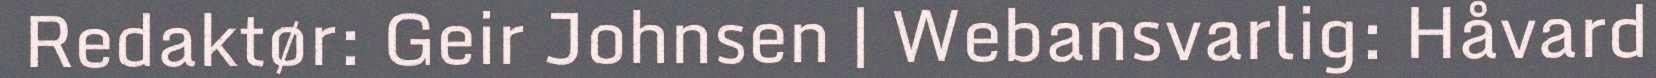
Redaktør: Geir Johnsen | Webansvarlig: Håvard